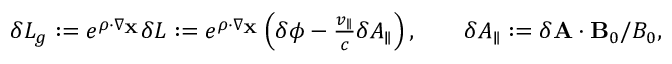
\begin{array} { r } { \delta L _ { g } : = e ^ { \boldsymbol { \rho } \cdot \nabla _ { \mathbf { X } } } \delta L : = e ^ { \boldsymbol { \rho } \cdot \nabla _ { \mathbf { X } } } \left( \delta \phi - \frac { v _ { \parallel } } { c } \delta A _ { \parallel } \right) , \qquad \delta A _ { \parallel } : = \delta \mathbf { A } \cdot \mathbf { B } _ { 0 } / B _ { 0 } , } \end{array}